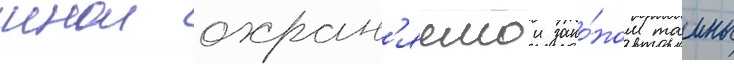
инои охран'яемои зако́ном таины